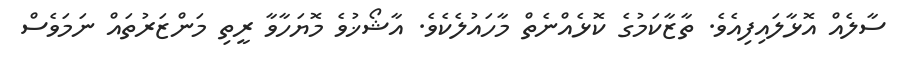
ސާލެއް އޮޅާލައިފިއެވެ. ތާޒާކަމުގެ ކޮޅެއްނެތް މާހައުލެކެވެ. އާޝޯޚުވެ މޮޔަހާވާ ރީތި މަންޒަރުތައް ނަމަވެސް